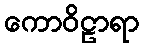
ကောဝိဠာရာ